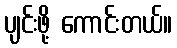
ပျင်းဖို့ ကောင်းတယ်။